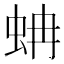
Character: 蚺